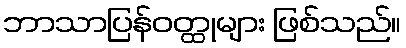
ဘာသာပြန်ဝတ္ထုများ ဖြစ်သည်။